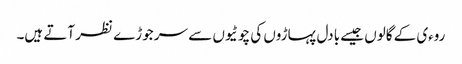
روءی کے گالوں جیسے بادل پہاڑوں کی چوٹیوں سے سر جوڑے نظر آتے ہیں۔